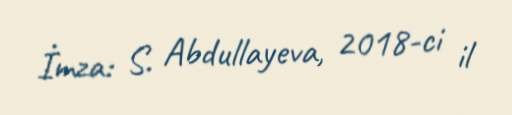
İmza: S. Abdullayeva, 2018-ci il